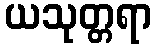
ယသုတ္တရာ